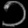
Digit: ၁